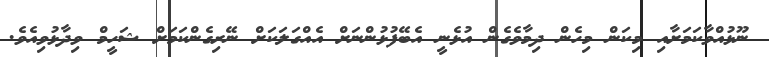
ނޫޅުއްވާކަމަށާއި މިކަން މިހެން ދިމާވެގެން އުޅެނީ އެބޭފުޅުންނަށް އެއްގަލަކަށް ނޭރިގެންކަމަށް ޝަހީމް ވިދާޅުވިއެވެ.